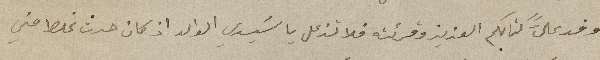
وفد عليَّ كتابكم العزيز وقرئته فلا تزعل يا سَيدي الوالد اذا كان حدث غلط مني